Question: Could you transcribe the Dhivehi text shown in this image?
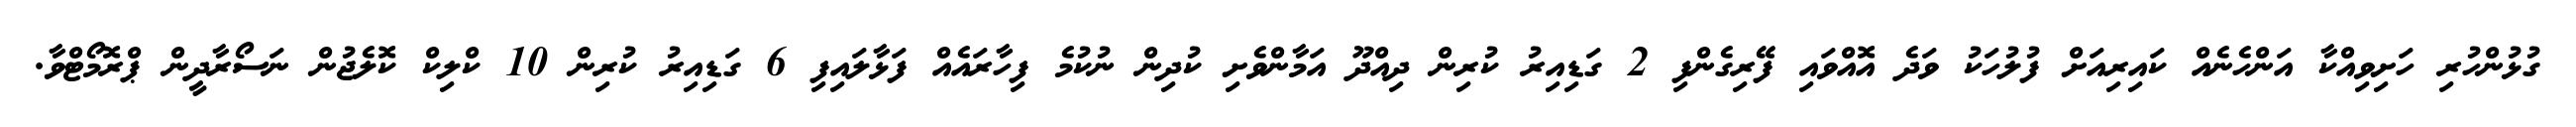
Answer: ގުޅުންހުރި ހަށިވިއްކާ އަންހެނެއް ކައިރިއަށް ފުލުހަކު ވަދެ އޮއްވައި ފޭރިގެންފި 2 ގަޑިއިރު ކުރިން ދިއްދޫ އަމާންވެށި ކުދިން ނުކުމެ ފިހާރައެއް ފަޅާލައިފި 6 ގަޑިއިރު ކުރިން 10 ކްލިކް ކޮލެޖުން ނަސޯރާދީން ޕްރޮމޯޓްވާ.